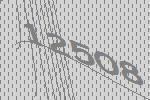
12508